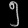
Digit: ၅